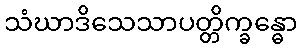
သံဃာဒိသေသာပတ္တိက္ခန္ဓော